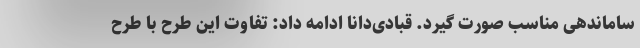
ساماندهی مناسب صورت گیرد. قبادی‌دانا ادامه داد: تفاوت این طرح با طرح